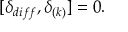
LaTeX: [ \delta _ { d i f f } , \delta _ { ( k ) } ] = 0 .